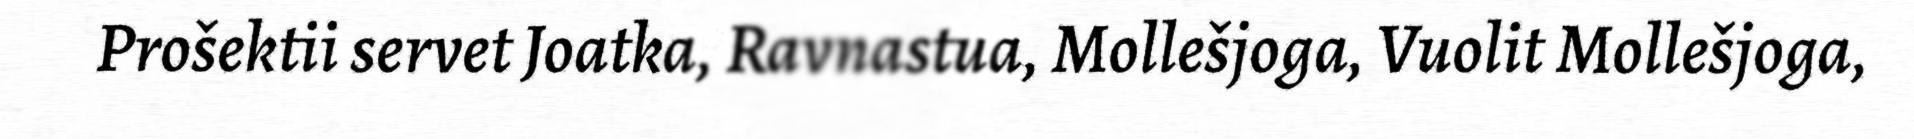
Prošektii servet Joatka, Ravnastua, Mollešjoga, Vuolit Mollešjoga,